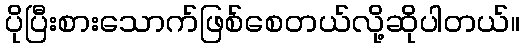
ပိုပြီးစားသောက်ဖြစ်စေတယ်လို့ဆိုပါတယ်။